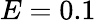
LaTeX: E=0.1